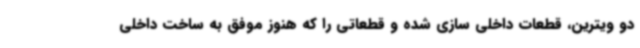
دو ویترین، قطعات داخلی سازی شده و قطعاتی را که هنوز موفق به ساخت داخلی